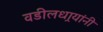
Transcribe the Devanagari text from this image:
वडीलधार्‍यांनी